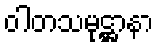
ဝါတသမုဋ္ဌာနာ